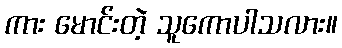
ကား မောင်းတဲ့ သူကောပါသလား။